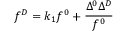
f ^ { { \cal D } } = k _ { 1 } f ^ { 0 } + \frac { \Delta ^ { 0 } \Delta ^ { \cal D } } { f ^ { 0 } }